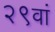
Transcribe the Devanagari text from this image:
२९वां